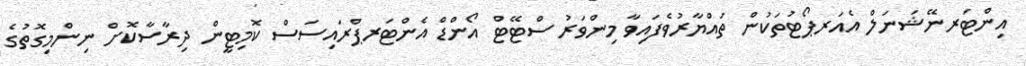
އިންޓަރނޭޝަނަލް އެއަރޕޯޓުތަކުން ތައްޔާރުވެފައިވާ މިންވަރު ސްޓޭޓް އޯންޑް އެންޓަރޕްރައިސަސް ކޮމިޓީން ދިރާސާކޮށް ނިންމިގޮތުގެ